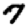
Digit: 7